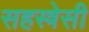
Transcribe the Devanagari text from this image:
सहस्त्रेसी